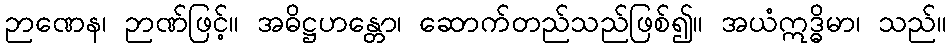
ဉာဏေန၊ ဉာဏ်ဖြင့်။ အဓိဋ္ဌဟန္တော၊ ဆောက်တည်သည်ဖြစ်၍။ အယံဣဒ္ဓိမာ၊ သည်။